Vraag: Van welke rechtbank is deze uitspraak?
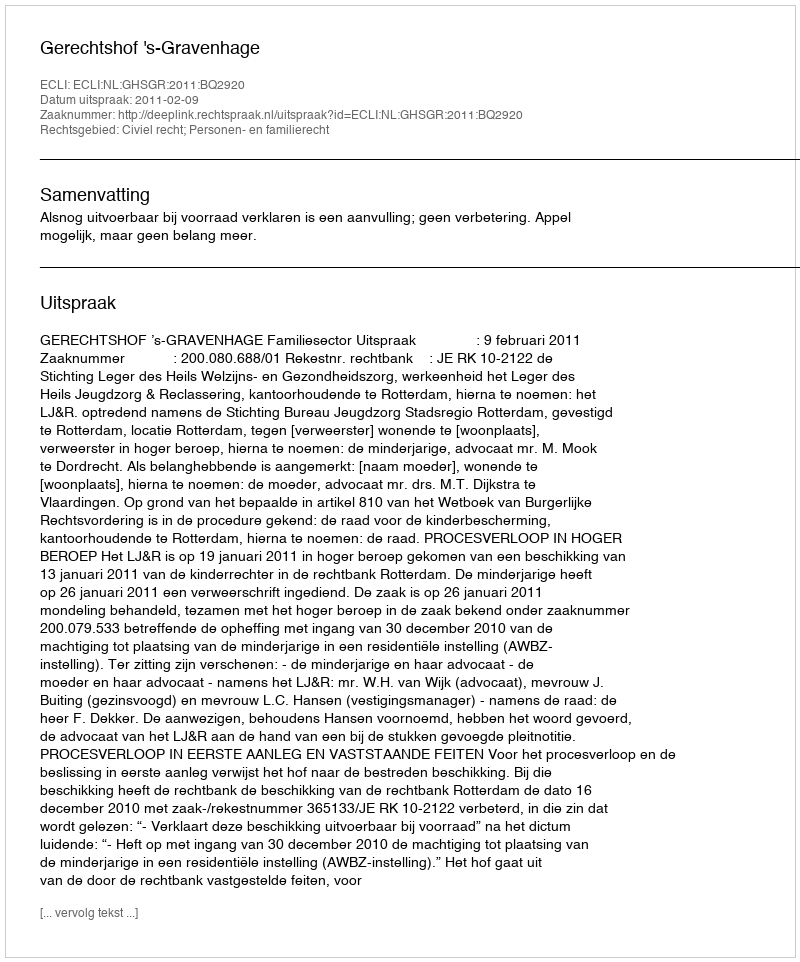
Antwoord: Gerechtshof 's-Gravenhage